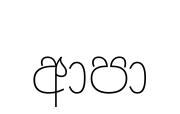
ආපා